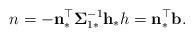
LaTeX: \begin{align*}n=-\mathbf{n}_\ast^\top\boldsymbol{\Sigma}^{-1}_{1\ast}\mathbf{h}_\ast h=\mathbf{n}_\ast^\top\mathbf{b}.\end{align*}